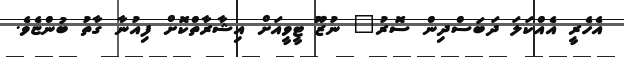
އެހެރީ އެއްކަލަ ދަބަސްދިން ސޮރު" ނުޒޫ ޓީވީއަށް އިޝާރާތްކޮށް ފިއުނާ ގާތު ބުންޏެވެ.